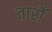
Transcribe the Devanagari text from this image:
तारोँ